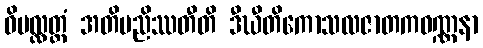
ဝိပလ္လတ္ထံ အတိမညိဿတီတိ ဒီဃီတိကောသလဇာတကဝဏ္ဏနာ